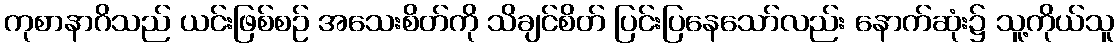
ကုစာနာဂိသည် ယင်းဖြစ်စဉ် အသေးစိတ်ကို သိချင်စိတ် ပြင်းပြနေသော်လည်း နောက်ဆုံး၌ သူ့ကိုယ်သူ